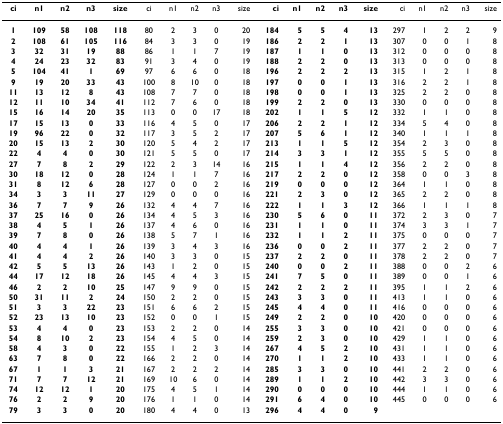
<table><thead><tr><td><b>ci</b></td><td><b>n1</b></td><td><b>n2</b></td><td><b>n3</b></td><td><b>size</b></td><td><b>ci</b></td><td><b>n1</b></td><td><b>n2</b></td><td><b>n3</b></td><td><b>size</b></td><td><b>ci</b></td><td><b>n1</b></td><td><b>n2</b></td><td><b>n3</b></td><td><b>size</b></td><td><b>ci</b></td><td><b>n1</b></td><td><b>n2</b></td><td><b>n3</b></td><td><b>size</b></td></tr></thead><tbody><tr><td><b>1</b></td><td><b>109</b></td><td><b>58</b></td><td><b>108</b></td><td><b>118</b></td><td>80</td><td>2</td><td>3</td><td>0</td><td>20</td><td><b>184</b></td><td><b>5</b></td><td><b>5</b></td><td><b>4</b></td><td><b>13</b></td><td>297</td><td>1</td><td>2</td><td>2</td><td>9</td></tr><tr><td><b>2</b></td><td><b>108</b></td><td><b>61</b></td><td><b>105</b></td><td><b>116</b></td><td>84</td><td>3</td><td>3</td><td>0</td><td>19</td><td><b>186</b></td><td><b>2</b></td><td><b>2</b></td><td><b>1</b></td><td><b>13</b></td><td>307</td><td>0</td><td>0</td><td>1</td><td>8</td></tr><tr><td><b>3</b></td><td><b>32</b></td><td><b>31</b></td><td><b>19</b></td><td><b>88</b></td><td>86</td><td>1</td><td>1</td><td>7</td><td>19</td><td><b>187</b></td><td><b>1</b></td><td><b>1</b></td><td><b>0</b></td><td><b>13</b></td><td>312</td><td>0</td><td>0</td><td>0</td><td>8</td></tr><tr><td><b>4</b></td><td><b>24</b></td><td><b>23</b></td><td><b>32</b></td><td><b>83</b></td><td>91</td><td>3</td><td>4</td><td>0</td><td>19</td><td><b>188</b></td><td><b>2</b></td><td><b>2</b></td><td><b>0</b></td><td><b>13</b></td><td>313</td><td>0</td><td>0</td><td>0</td><td>8</td></tr><tr><td><b>5</b></td><td><b>104</b></td><td><b>41</b></td><td><b>1</b></td><td><b>69</b></td><td>97</td><td>6</td><td>6</td><td>0</td><td>18</td><td><b>196</b></td><td><b>2</b></td><td><b>2</b></td><td><b>2</b></td><td><b>13</b></td><td>315</td><td>1</td><td>2</td><td>1</td><td>8</td></tr><tr><td><b>9</b></td><td><b>19</b></td><td><b>20</b></td><td><b>33</b></td><td><b>43</b></td><td>100</td><td>8</td><td>10</td><td>0</td><td>18</td><td><b>197</b></td><td><b>0</b></td><td><b>0</b></td><td><b>1</b></td><td><b>13</b></td><td>316</td><td>2</td><td>2</td><td>1</td><td>8</td></tr><tr><td><b>11</b></td><td><b>13</b></td><td><b>12</b></td><td><b>8</b></td><td><b>43</b></td><td>108</td><td>7</td><td>7</td><td>0</td><td>18</td><td><b>198</b></td><td><b>0</b></td><td><b>0</b></td><td><b>1</b></td><td><b>13</b></td><td>325</td><td>2</td><td>2</td><td>0</td><td>8</td></tr><tr><td><b>12</b></td><td><b>11</b></td><td><b>10</b></td><td><b>34</b></td><td><b>41</b></td><td>112</td><td>7</td><td>6</td><td>0</td><td>18</td><td><b>199</b></td><td><b>2</b></td><td><b>2</b></td><td><b>0</b></td><td><b>13</b></td><td>330</td><td>0</td><td>0</td><td>0</td><td>8</td></tr><tr><td><b>15</b></td><td><b>16</b></td><td><b>14</b></td><td><b>20</b></td><td><b>35</b></td><td>113</td><td>0</td><td>0</td><td>17</td><td>18</td><td><b>202</b></td><td><b>1</b></td><td><b>1</b></td><td><b>5</b></td><td><b>12</b></td><td>332</td><td>1</td><td>1</td><td>0</td><td>8</td></tr><tr><td><b>17</b></td><td><b>15</b></td><td><b>13</b></td><td><b>0</b></td><td><b>33</b></td><td>116</td><td>4</td><td>5</td><td>0</td><td>17</td><td><b>206</b></td><td><b>2</b></td><td><b>2</b></td><td><b>1</b></td><td><b>12</b></td><td>334</td><td>5</td><td>4</td><td>0</td><td>8</td></tr><tr><td><b>19</b></td><td><b>96</b></td><td><b>22</b></td><td><b>0</b></td><td><b>32</b></td><td>117</td><td>3</td><td>5</td><td>2</td><td>17</td><td><b>207</b></td><td><b>5</b></td><td><b>6</b></td><td><b>1</b></td><td><b>12</b></td><td>340</td><td>1</td><td>1</td><td>1</td><td>8</td></tr><tr><td><b>20</b></td><td><b>15</b></td><td><b>13</b></td><td><b>2</b></td><td><b>30</b></td><td>120</td><td>5</td><td>4</td><td>2</td><td>17</td><td><b>213</b></td><td><b>1</b></td><td><b>1</b></td><td><b>5</b></td><td><b>12</b></td><td>354</td><td>2</td><td>3</td><td>0</td><td>8</td></tr><tr><td><b>22</b></td><td><b>4</b></td><td><b>4</b></td><td><b>0</b></td><td><b>30</b></td><td>121</td><td>5</td><td>5</td><td>0</td><td>17</td><td><b>214</b></td><td><b>3</b></td><td><b>3</b></td><td><b>1</b></td><td><b>12</b></td><td>355</td><td>5</td><td>5</td><td>0</td><td>8</td></tr><tr><td><b>27</b></td><td><b>7</b></td><td><b>8</b></td><td><b>2</b></td><td><b>29</b></td><td>122</td><td>2</td><td>3</td><td>14</td><td>16</td><td><b>215</b></td><td><b>1</b></td><td><b>1</b></td><td><b>4</b></td><td><b>12</b></td><td>356</td><td>2</td><td>2</td><td>0</td><td>8</td></tr><tr><td><b>30</b></td><td><b>18</b></td><td><b>12</b></td><td><b>0</b></td><td><b>28</b></td><td>124</td><td>1</td><td>1</td><td>7</td><td>16</td><td><b>217</b></td><td><b>2</b></td><td><b>2</b></td><td><b>0</b></td><td><b>12</b></td><td>358</td><td>0</td><td>0</td><td>3</td><td>8</td></tr><tr><td><b>31</b></td><td><b>8</b></td><td><b>12</b></td><td><b>6</b></td><td><b>28</b></td><td>127</td><td>0</td><td>0</td><td>2</td><td>16</td><td><b>219</b></td><td><b>0</b></td><td><b>0</b></td><td><b>0</b></td><td><b>12</b></td><td>364</td><td>1</td><td>1</td><td>0</td><td>8</td></tr><tr><td><b>34</b></td><td><b>3</b></td><td><b>3</b></td><td><b>11</b></td><td><b>27</b></td><td>129</td><td>0</td><td>0</td><td>0</td><td>16</td><td><b>221</b></td><td><b>2</b></td><td><b>3</b></td><td><b>0</b></td><td><b>12</b></td><td>365</td><td>2</td><td>2</td><td>0</td><td>8</td></tr><tr><td><b>36</b></td><td><b>7</b></td><td><b>7</b></td><td><b>9</b></td><td><b>26</b></td><td>132</td><td>4</td><td>4</td><td>7</td><td>16</td><td><b>222</b></td><td><b>1</b></td><td><b>1</b></td><td><b>3</b></td><td><b>12</b></td><td>366</td><td>1</td><td>1</td><td>1</td><td>8</td></tr><tr><td><b>37</b></td><td><b>25</b></td><td><b>16</b></td><td><b>0</b></td><td><b>26</b></td><td>134</td><td>4</td><td>5</td><td>3</td><td>16</td><td><b>230</b></td><td><b>5</b></td><td><b>6</b></td><td><b>0</b></td><td><b>11</b></td><td>372</td><td>2</td><td>3</td><td>0</td><td>7</td></tr><tr><td><b>38</b></td><td><b>4</b></td><td><b>5</b></td><td><b>1</b></td><td><b>26</b></td><td>137</td><td>4</td><td>6</td><td>0</td><td>16</td><td><b>231</b></td><td><b>1</b></td><td><b>1</b></td><td><b>0</b></td><td><b>11</b></td><td>374</td><td>3</td><td>3</td><td>1</td><td>7</td></tr><tr><td><b>39</b></td><td><b>7</b></td><td><b>8</b></td><td><b>0</b></td><td><b>26</b></td><td>138</td><td>5</td><td>7</td><td>1</td><td>16</td><td><b>232</b></td><td><b>1</b></td><td><b>1</b></td><td><b>2</b></td><td><b>11</b></td><td>375</td><td>0</td><td>0</td><td>0</td><td>7</td></tr><tr><td><b>40</b></td><td><b>4</b></td><td><b>4</b></td><td><b>1</b></td><td><b>26</b></td><td>139</td><td>3</td><td>4</td><td>3</td><td>16</td><td><b>236</b></td><td><b>0</b></td><td><b>0</b></td><td><b>2</b></td><td><b>11</b></td><td>377</td><td>2</td><td>2</td><td>0</td><td>7</td></tr><tr><td><b>41</b></td><td><b>4</b></td><td><b>4</b></td><td><b>2</b></td><td><b>26</b></td><td>140</td><td>3</td><td>3</td><td>0</td><td>15</td><td><b>237</b></td><td><b>2</b></td><td><b>2</b></td><td><b>0</b></td><td><b>11</b></td><td>378</td><td>2</td><td>2</td><td>0</td><td>7</td></tr><tr><td><b>42</b></td><td><b>5</b></td><td><b>5</b></td><td><b>13</b></td><td><b>26</b></td><td>143</td><td>1</td><td>2</td><td>0</td><td>15</td><td><b>240</b></td><td><b>0</b></td><td><b>0</b></td><td><b>2</b></td><td><b>11</b></td><td>388</td><td>0</td><td>0</td><td>2</td><td>6</td></tr><tr><td><b>44</b></td><td><b>17</b></td><td><b>12</b></td><td><b>18</b></td><td><b>26</b></td><td>145</td><td>4</td><td>4</td><td>3</td><td>15</td><td><b>241</b></td><td><b>7</b></td><td><b>5</b></td><td><b>0</b></td><td><b>11</b></td><td>389</td><td>0</td><td>0</td><td>1</td><td>6</td></tr><tr><td><b>46</b></td><td><b>2</b></td><td><b>2</b></td><td><b>10</b></td><td><b>25</b></td><td>147</td><td>9</td><td>9</td><td>0</td><td>15</td><td><b>242</b></td><td><b>2</b></td><td><b>2</b></td><td><b>2</b></td><td><b>11</b></td><td>395</td><td>1</td><td>1</td><td>2</td><td>6</td></tr><tr><td><b>50</b></td><td><b>31</b></td><td><b>11</b></td><td><b>2</b></td><td><b>24</b></td><td>150</td><td>2</td><td>2</td><td>0</td><td>15</td><td><b>243</b></td><td><b>3</b></td><td><b>3</b></td><td><b>0</b></td><td><b>11</b></td><td>413</td><td>1</td><td>1</td><td>0</td><td>6</td></tr><tr><td><b>51</b></td><td><b>3</b></td><td><b>3</b></td><td><b>22</b></td><td><b>23</b></td><td>151</td><td>6</td><td>6</td><td>2</td><td>15</td><td><b>245</b></td><td><b>4</b></td><td><b>4</b></td><td><b>0</b></td><td><b>11</b></td><td>416</td><td>0</td><td>0</td><td>0</td><td>6</td></tr><tr><td><b>52</b></td><td><b>23</b></td><td><b>13</b></td><td><b>10</b></td><td><b>23</b></td><td>152</td><td>0</td><td>0</td><td>1</td><td>15</td><td><b>249</b></td><td><b>2</b></td><td><b>2</b></td><td><b>0</b></td><td><b>10</b></td><td>420</td><td>0</td><td>0</td><td>0</td><td>6</td></tr><tr><td><b>53</b></td><td><b>4</b></td><td><b>4</b></td><td><b>0</b></td><td><b>23</b></td><td>153</td><td>2</td><td>2</td><td>0</td><td>14</td><td><b>255</b></td><td><b>3</b></td><td><b>3</b></td><td><b>0</b></td><td><b>10</b></td><td>421</td><td>0</td><td>0</td><td>0</td><td>6</td></tr><tr><td><b>54</b></td><td><b>8</b></td><td><b>10</b></td><td><b>2</b></td><td><b>23</b></td><td>154</td><td>4</td><td>5</td><td>0</td><td>14</td><td><b>259</b></td><td><b>2</b></td><td><b>3</b></td><td><b>0</b></td><td><b>10</b></td><td>429</td><td>1</td><td>1</td><td>0</td><td>6</td></tr><tr><td><b>58</b></td><td><b>4</b></td><td><b>3</b></td><td><b>0</b></td><td><b>22</b></td><td>155</td><td>1</td><td>2</td><td>3</td><td>14</td><td><b>267</b></td><td><b>4</b></td><td><b>5</b></td><td><b>2</b></td><td><b>10</b></td><td>431</td><td>1</td><td>1</td><td>0</td><td>6</td></tr><tr><td><b>63</b></td><td><b>7</b></td><td><b>8</b></td><td><b>0</b></td><td><b>22</b></td><td>166</td><td>2</td><td>2</td><td>0</td><td>14</td><td><b>270</b></td><td><b>1</b></td><td><b>1</b></td><td><b>2</b></td><td><b>10</b></td><td>433</td><td>1</td><td>1</td><td>0</td><td>6</td></tr><tr><td><b>67</b></td><td><b>1</b></td><td><b>1</b></td><td><b>3</b></td><td><b>21</b></td><td>167</td><td>2</td><td>2</td><td>2</td><td>14</td><td><b>285</b></td><td><b>3</b></td><td><b>3</b></td><td><b>0</b></td><td><b>10</b></td><td>441</td><td>2</td><td>2</td><td>0</td><td>6</td></tr><tr><td><b>71</b></td><td><b>7</b></td><td><b>7</b></td><td><b>12</b></td><td><b>21</b></td><td>169</td><td>10</td><td>6</td><td>0</td><td>14</td><td><b>289</b></td><td><b>1</b></td><td><b>1</b></td><td><b>2</b></td><td><b>10</b></td><td>442</td><td>3</td><td>3</td><td>0</td><td>6</td></tr><tr><td><b>74</b></td><td><b>12</b></td><td><b>12</b></td><td><b>1</b></td><td><b>20</b></td><td>175</td><td>4</td><td>5</td><td>1</td><td>14</td><td><b>290</b></td><td><b>0</b></td><td><b>0</b></td><td><b>0</b></td><td><b>10</b></td><td>444</td><td>1</td><td>1</td><td>0</td><td>6</td></tr><tr><td><b>76</b></td><td><b>2</b></td><td><b>2</b></td><td><b>9</b></td><td><b>20</b></td><td>176</td><td>1</td><td>1</td><td>0</td><td>14</td><td><b>291</b></td><td><b>6</b></td><td><b>4</b></td><td><b>0</b></td><td><b>10</b></td><td>445</td><td>0</td><td>0</td><td>0</td><td>6</td></tr><tr><td><b>79</b></td><td><b>3</b></td><td><b>3</b></td><td><b>0</b></td><td><b>20</b></td><td>180</td><td>4</td><td>4</td><td>0</td><td>13</td><td><b>296</b></td><td><b>4</b></td><td><b>4</b></td><td><b>0</b></td><td><b>9</b></td><td></td><td></td><td></td><td></td><td></td></tr></tbody></table>